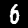
Label: 6